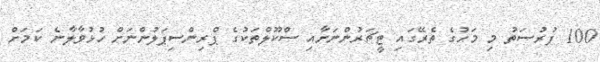
100 ފުރުސަތު މި މަހުގެ ތެރޭގައި ޓީޗަރުންނަށާއި ސްކޫލްތަކުގެ ޕްރިންސިޕަލުންނަށް ހުޅުވާލާނެ ކަމަށް